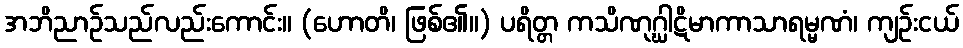
အဘိညာဉ်သည်လည်းကောင်း။ (ဟောတိ၊ ဖြစ်၏။) ပရိတ္တ ကသိဏုဂ္ဃါဋိမာကာသာရမ္မဏံ၊ ကျဉ်းငယ်